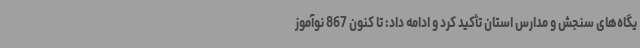
یگاه‌های سنجش و مدارس استان تأکید کرد و ادامه داد: تا کنون 867 نوآموز